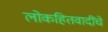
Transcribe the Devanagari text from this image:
लोकहितवादींचे